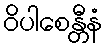
ဝိပါစေန္တီနံ